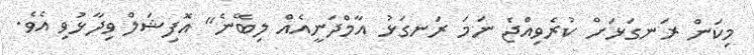
މިކަން ރަނގަޅަށް ކުރެވިއްޖެ ނަމަ ރަނގަޅު އާމްދަނީއެއް ލިބޭނެ" އޮފިޝަލް ވިދާޅުވި އެވެ.